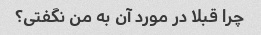
چرا قبلا در مورد آن به من نگفتی؟